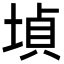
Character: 𡎞